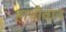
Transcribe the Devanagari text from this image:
हाथीवान